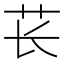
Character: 苌